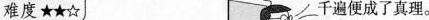
难度★★☆ 千遍便成了真理。